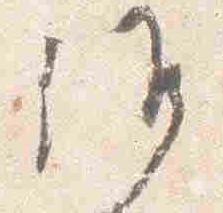
候